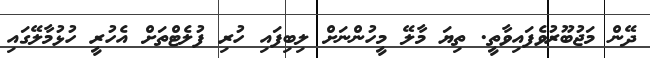
ދޭން މަޖުބޫރުވެފައިވާތީ. ތިޔަ މާލޭ މީހުންނަށް ލިބިފައި ހުރި ފުލެޓްތަށް އެހުރީ ހުޅުމާލޭގައި